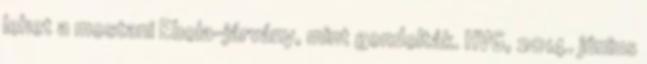
lehet a mostani Ebola-járvány, mint gondolták. HVG, 2014. június